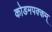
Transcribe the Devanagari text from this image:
कोडमपक्कम्